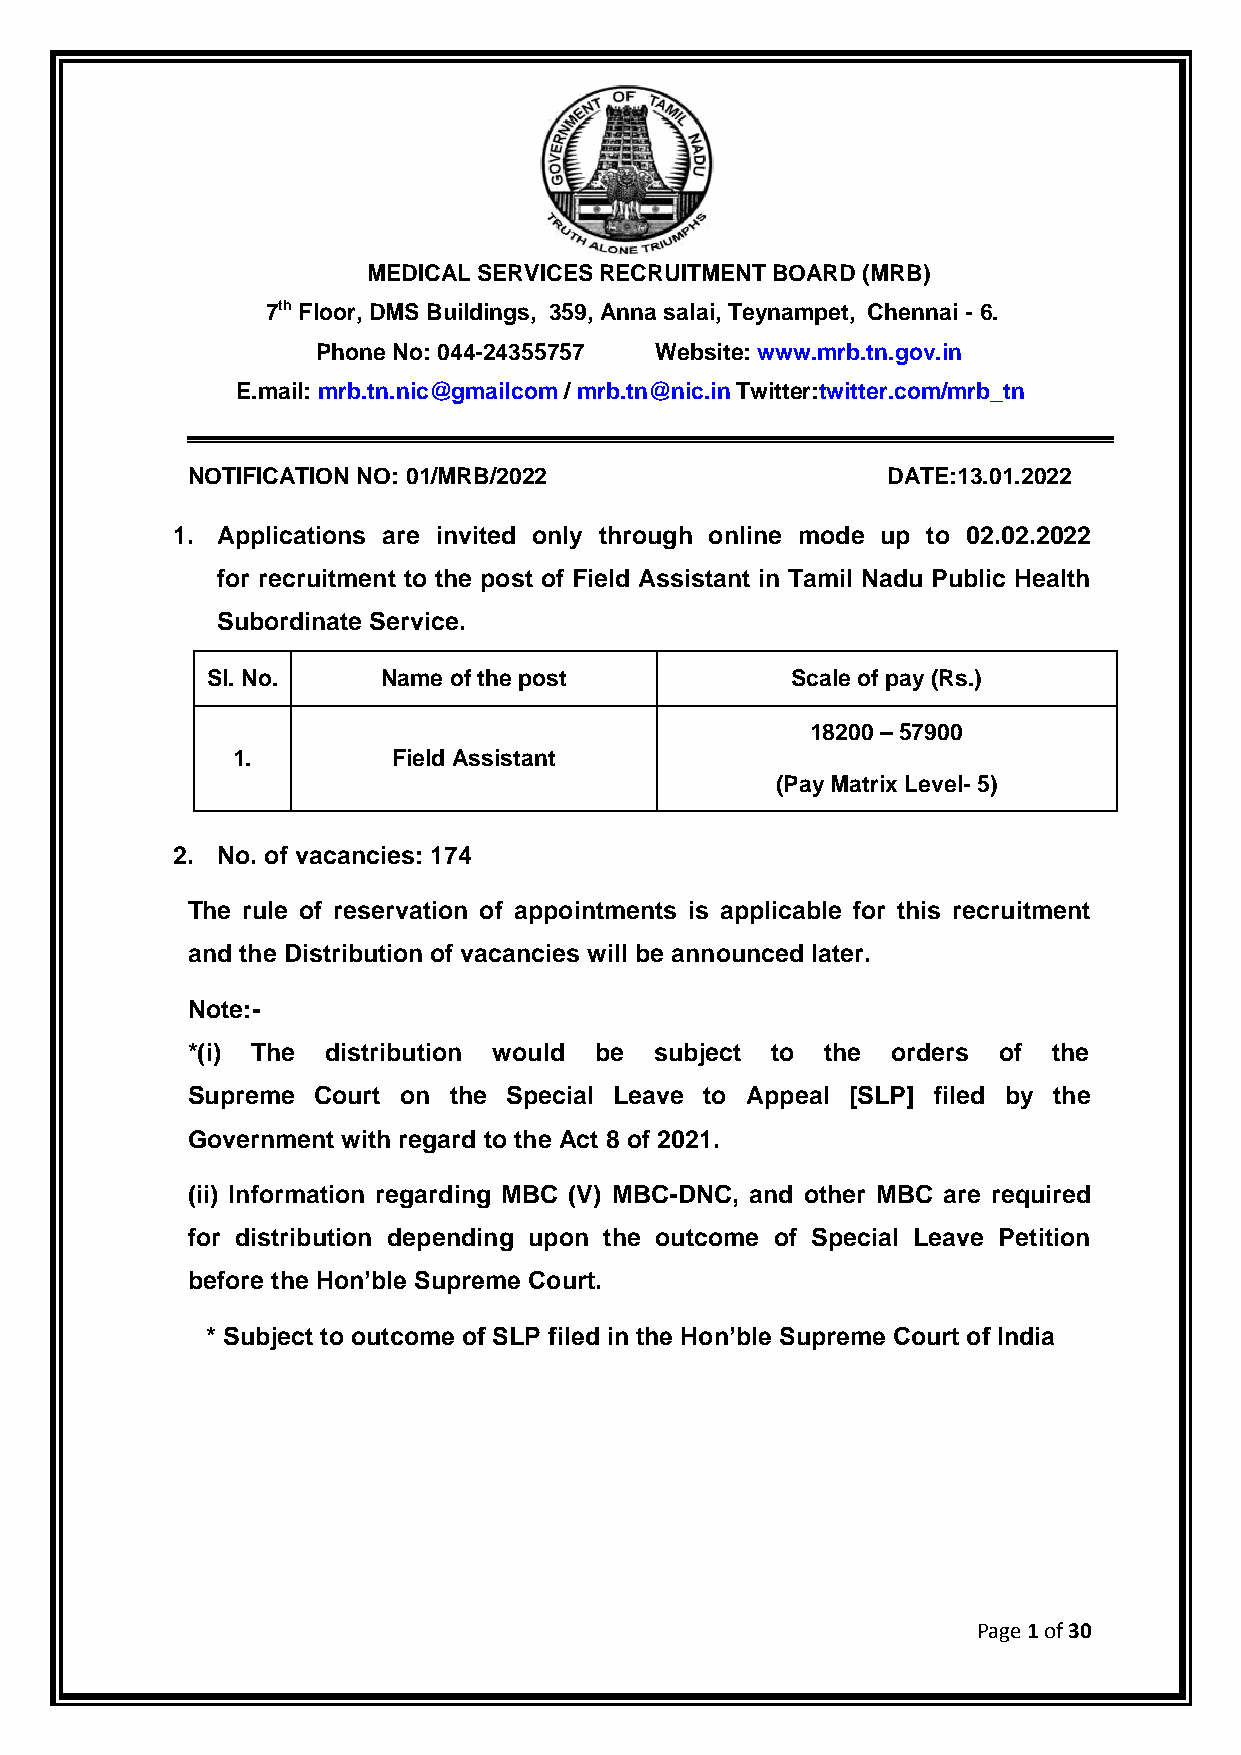
MEDICAL SERVICES RECRUITMENT BOARD (MRB)
 7th Floor, DMS Buildings, 359, Anna salai, Teynampet, Chennai - 6.
 Phone No: 044-24355757 Website: www.mrb.tn.gov.in
 E.mail: mrb.tn.nic@gmailcom / mrb.tn@nic.in Twitter:twitter.com/mrb_tn
 NOTIFICATION NO: 01/MRB/2022                   DATE:13.01.2022
 1. Applications are invited only through online mode up to 02.02.2022
 for recruitment to the post of Field Assistant in Tamil Nadu Public Health
 Subordinate Service.
 Sl. No.    Name of the post           Scale of pay (Rs.)
 18200 – 57900
 1.         Field Assistant
 (Pay Matrix Level- 5)
 2. No. of vacancies: 174
 The rule of reservation of appointments is applicable for this recruitment
 and the Distribution of vacancies will be announced later.
 Note:-
 *(i) The  distribution would be subject to the orders of  the
 Supreme  Court on the Special Leave to Appeal [SLP] filed by the
 Government with regard to the Act 8 of 2021.
 (ii) Information regarding MBC (V) MBC-DNC, and other MBC are required
 for distribution depending upon the outcome of Special Leave Petition
 before the Hon’ble Supreme Court.
 * Subject to outcome of SLP filed in the Hon’ble Supreme Court of India
 Page 1 of 30